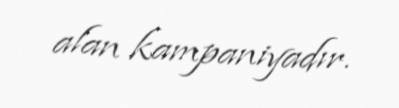
alan kampaniyadır.